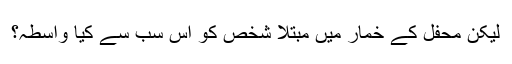
لیکن محفل کے خمار میں مبتلا شخص کو اس سب سے کیا واسطہ؟